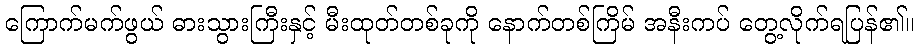
ကြောက်မက်ဖွယ် ဓားသွားကြီးနှင့် မီးထုတ်တစ်ခုကို နောက်တစ်ကြိမ် အနီးကပ် တွေ့လိုက်ရပြန်၏။